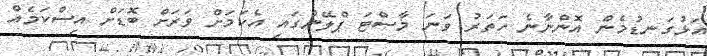
އަޅުގަނޑުމެން އޮންނާނެ ހަތަރު ވަނަ މާސްޓަ ޕްލޭންގައި އެކަމަށް ވަރަށް ބޮޑަށް އިސްކަމެއް